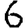
Digit: 6